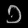
Digit: ၁